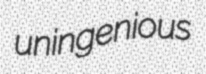
uningenious